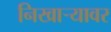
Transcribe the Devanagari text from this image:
निखाऱ्यावर